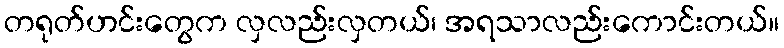
တရုတ်ဟင်းတွေက လှလည်းလှတယ်၊ အရသာလည်းကောင်းတယ်။